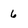
Character: 6